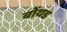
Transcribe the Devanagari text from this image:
बोंयड